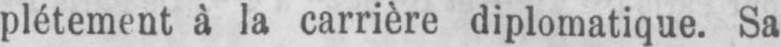
plétement à la carrière diplomatique. Sa